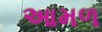
આમળ